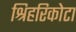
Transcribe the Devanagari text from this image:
श्रिहरिकोटा